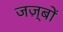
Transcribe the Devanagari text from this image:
जज़्बों